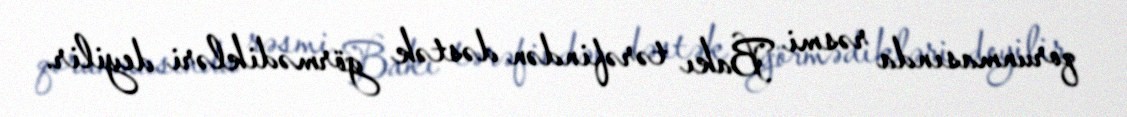
qorunmasında rəsmi Bakı tərəfindən dəstək görmədikləri deyilir.